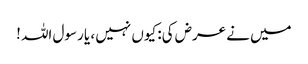
میں نے عرض کی: کیوں نہیں ، یا رسول اللہ !